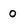
Character: 0